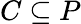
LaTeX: C\subseteq P